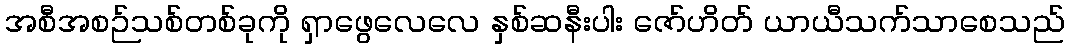
အစီအစဉ်သစ်တစ်ခုကို ရှာဖွေလေလေ နှစ်ဆနီးပါး ဇော်ဟိတ် ယာယီသက်သာစေသည်